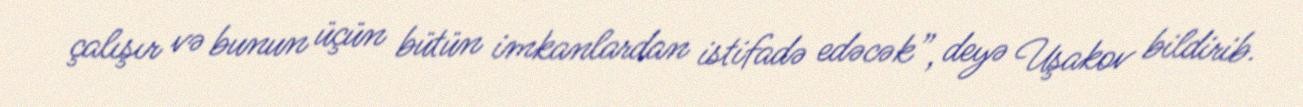
çalışır və bunun üçün bütün imkanlardan istifadə edəcək”, deyə Uşakov bildirib.